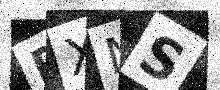
Text: PXMS